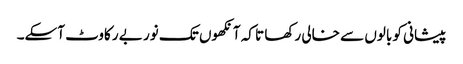
پیشانی کو بالوں سے خالی رکھا تا کہ آنکھوں تک نور بے رکاوٹ آسکے۔